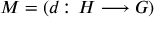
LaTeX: M = ( d \colon H \longrightarrow G )